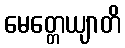
မေတ္တေယျာတိ